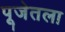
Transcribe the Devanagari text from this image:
पूजेतला